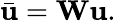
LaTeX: \bar{\mathbf{u}}=\mathbf{W}\mathbf{u}.